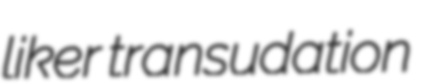
liker transudation